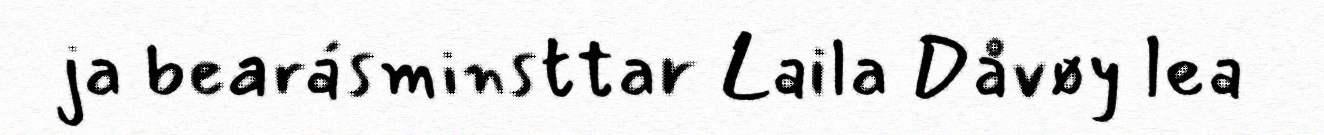
ja bearásminsttar Laila Dåvøy lea